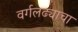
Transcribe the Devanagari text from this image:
वर्गलढ्याचा